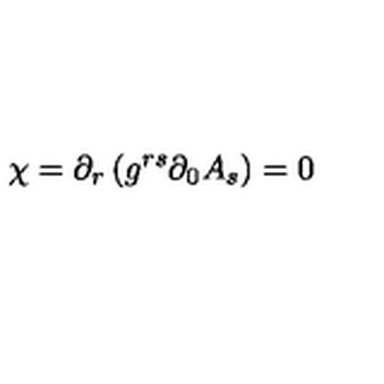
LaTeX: \chi = \partial _ { r } \left( g ^ { r s } \partial _ { 0 } A _ { s } \right) = 0